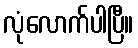
လုံလောက်ပါပြီ။